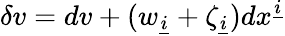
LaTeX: \delta v=dv+(w_{\underline{{{i}}}}+\zeta_{\underline{{{i}}}})dx^{\underline{{{i}}}}